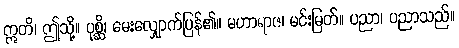
ဣတိ၊ ဤသို့။ ပုစ္ဆိ၊ မေးလျှောက်ပြန်၏။ မဟာရာဇ၊ မင်းမြတ်။ ပညာ၊ ပညာသည်။